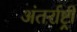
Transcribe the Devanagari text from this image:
अंतर्राष्ट्री